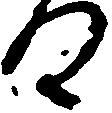
る